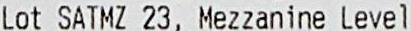
LOT SATMZ 23, MEZZANINE LEVEL